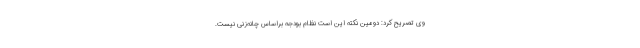
وی تصریح کرد: دومین نکته این است نظام بودجه براساس چانه‌زنی نیست.